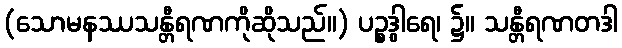
(သောမနဿသန္တီရဏကိုဆိုသည်။) ပဉ္စဒွါရေ၊ ၌။ သန္တီရဏတဒါ